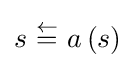
s~{\overset {\leftarrow }{=}}~a\left(s\right)